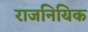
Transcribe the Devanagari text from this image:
राजनियिक